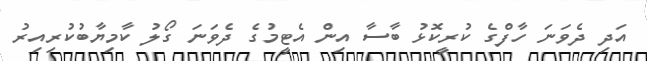
އަދި ދެވަނަ ހާފްގެ ކުރީކޮޅު ބާސާ އިން އެޓީމުގެ ދެވަނަ ގޯލު ކާމިޔާބުކުރިއިރު